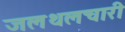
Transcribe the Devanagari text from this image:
जलथलचारी